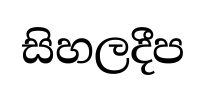
සිහලදීප